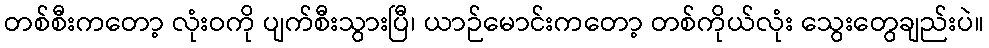
တစ်စီးကတော့ လုံးဝကို ပျက်စီးသွားပြီ၊ ယာဉ်မောင်းကတော့ တစ်ကိုယ်လုံး သွေးတွေချည်းပဲ။